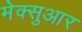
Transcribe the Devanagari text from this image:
मेक्सुआर